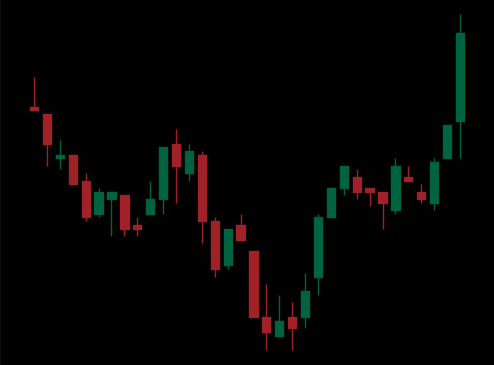
Pattern: inverse_head_shoulders